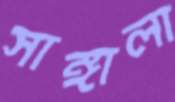
সাঙ্গালা